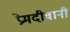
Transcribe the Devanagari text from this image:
प्रेमदीवानी